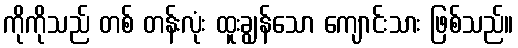
ကိုကိုသည် တစ် တန်းလုံး ထူးချွန်သော ကျောင်းသား ဖြစ်သည်။